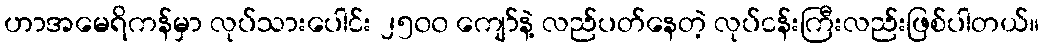
ဟာအမေရိကန်မှာ လုပ်သားပေါင်း ၂၅၀၀ ကျော်နဲ့ လည်ပတ်နေတဲ့ လုပ်ငန်းကြီးလည်းဖြစ်ပါတယ်။